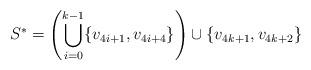
LaTeX: \begin{align*}S^* = \left( \bigcup_{i=0}^{k-1} \{v_{4i+1},v_{4i+4}\} \right) \cup \{v_{4k+1},v_{4k+2}\}\end{align*}